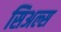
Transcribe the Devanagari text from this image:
सिअल्स